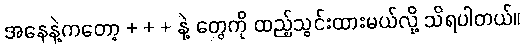
အနေနဲ့ကတော့ + + + နဲ့ တွေကို ထည့်သွင်းထားမယ်လို့ သိရပါတယ်။